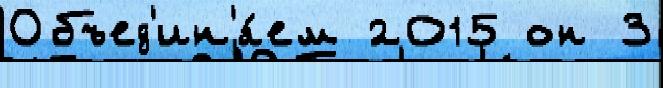
Объед'ин'я́ем 2015 он 3